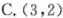
C.(3，2)